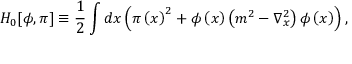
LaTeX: H _ { 0 } [ \phi , \pi ] \equiv \frac { 1 } { 2 } \int d x \left( \pi \left( x \right) ^ { 2 } + \phi \left( x \right) \left( m ^ { 2 } - \nabla _ { x } ^ { 2 } \right) \phi \left( x \right) \right) ,